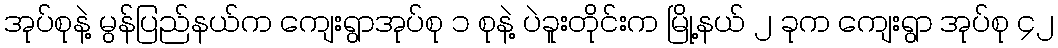
အုပ်စုနဲ့ မွန်ပြည်နယ်က ကျေးရွာအုပ်စု ၁ စုနဲ့ ပဲခူးတိုင်းက မြို့နယ် ၂ ခုက ကျေးရွာ အုပ်စု ၄၂